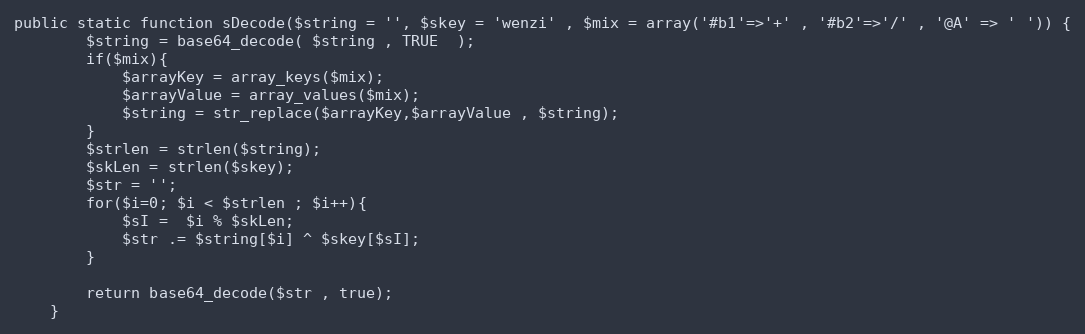
Language: PHP
public static function sDecode($string = '', $skey = 'wenzi' , $mix = array('#b1'=>'+' , '#b2'=>'/' , '@A' => ' ')) {
        $string = base64_decode( $string , TRUE  );
        if($mix){
            $arrayKey = array_keys($mix);
            $arrayValue = array_values($mix);
            $string = str_replace($arrayKey,$arrayValue , $string);
        }
        $strlen = strlen($string);
        $skLen = strlen($skey);
        $str = '';
        for($i=0; $i < $strlen ; $i++){
            $sI =  $i % $skLen;
            $str .= $string[$i] ^ $skey[$sI];
        }

        return base64_decode($str , true);
    }